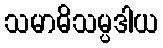
သမာဓိသမ္ပဒါယ